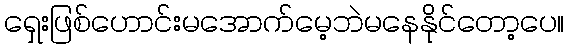
ရှေးဖြစ်ဟောင်းမအောက်မေ့ဘဲမနေနိုင်တော့ပေ။